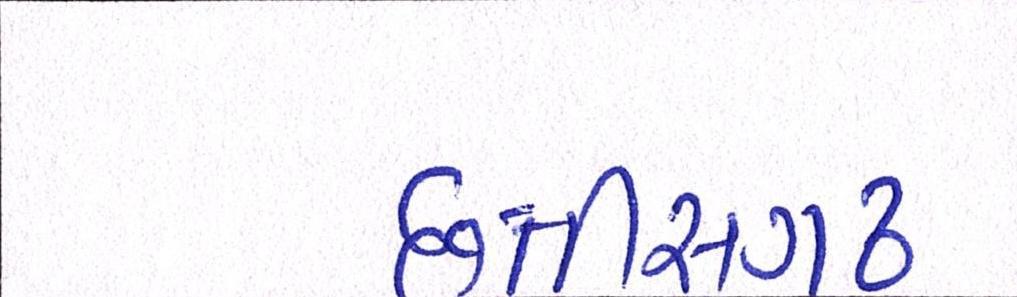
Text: છત્તીસગઢ